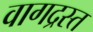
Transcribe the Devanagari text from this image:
वागद्रस्त